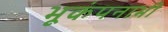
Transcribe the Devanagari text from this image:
भूकंपनाभी